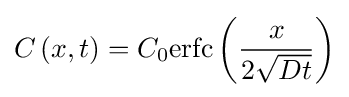
C\left(x,t\right)=C_{0}\mathrm {erfc} \left({\frac {x}{2{\sqrt {Dt}}}}\right)